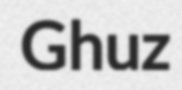
Ghuz